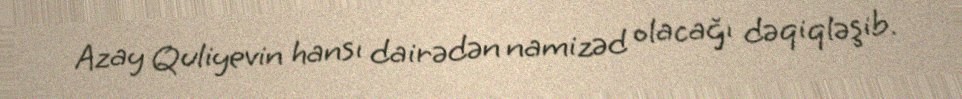
Azay Quliyevin hansı dairədən namizəd olacağı dəqiqləşib.